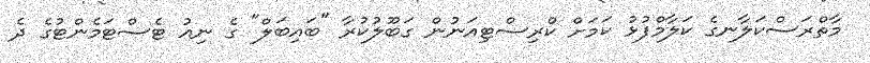
މާތްރަސްކަލާނގެ ކަލާމްފުޅު ކަމަށް ކްރިސްޓިއަނުން ގަބޫލުކުރާ "ބައިބަލް" ގެ ނިއު ޓެސްޓަމެންޓުގެ ދެ